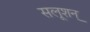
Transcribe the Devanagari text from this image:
सलूशन्